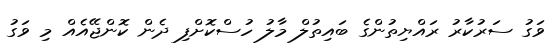
ވަގު ސަރުކާރު ރައްޔިތުންގެ ބައިތުލް މާލު ހުސްކޮށްފި ދެން ކޮންޖޭއެއް މި ވަގު